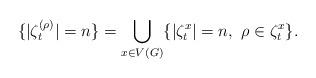
LaTeX: \begin{align*}\{|\zeta_t^{(\rho)}| = n\} = \bigcup_{x \in V(G)} \{|\zeta_t^x|=n,\,\, \rho \in \zeta_t^x\}.\end{align*}